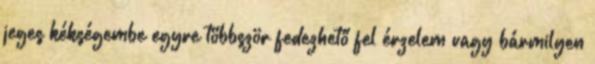
jeges kékségembe egyre többször fedezhető fel érzelem vagy bármilyen